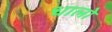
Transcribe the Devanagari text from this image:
धालो